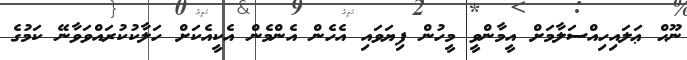
ނޫޙް ޢަލައިހިއްސަލާމަށް އީމާންވީ މީހުން ފިޔަވައި އެހެން އެންމެން އެކީއެކަށް ހަލާކުކުރައްވަވާނޭ ކަމުގެ